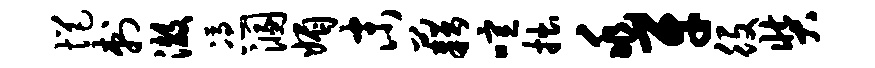
悒刺澈凭溷媚末藉喧拙兆牙役奘